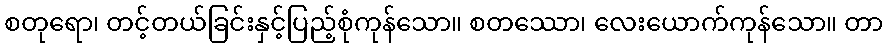
စတုရော၊ တင့်တယ်ခြင်းနှင့်ပြည့်စုံကုန်သော။ စတဿော၊ လေးယောက်ကုန်သော။ တာ